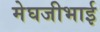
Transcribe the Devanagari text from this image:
मेघजीभाई